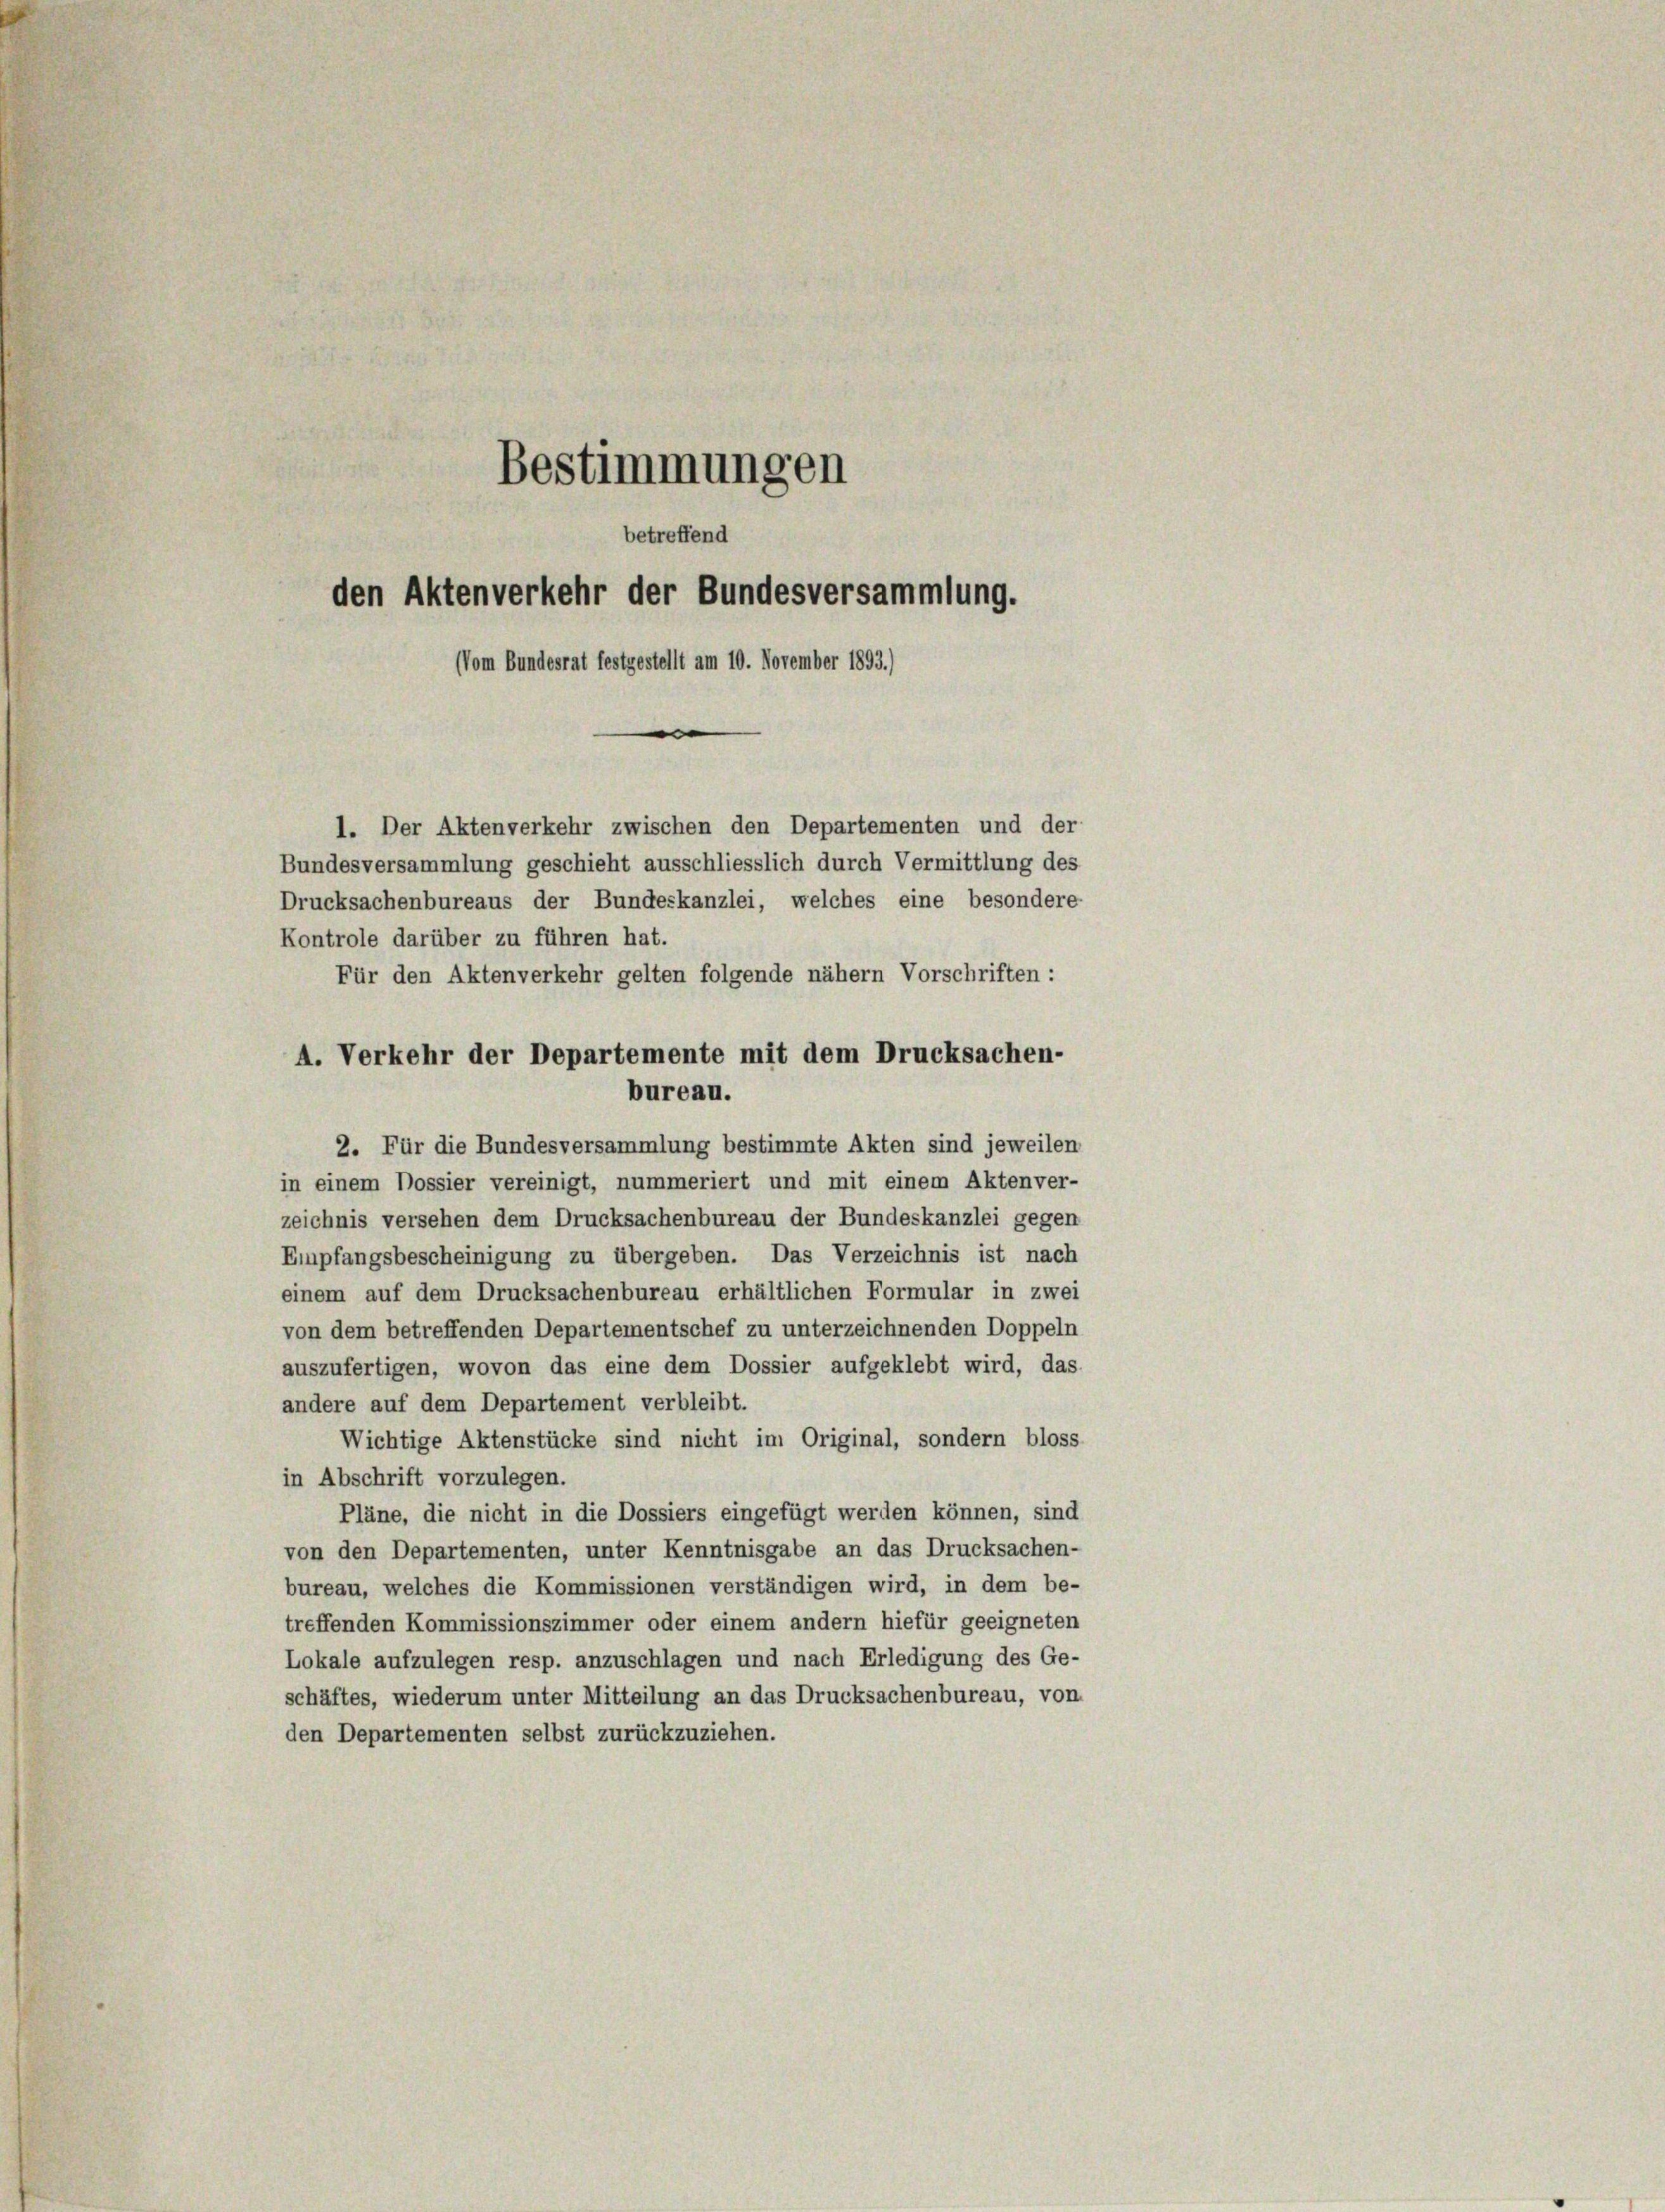
Bestimmungen
betreffend
den Aktenverkehr der Bundesversammlung.
Vom Bundesrat festgestellt am 10. November 1893.)
n

1. Der Aktenverkehr zwischen den Departementen und der
Bundesversammlung geschieht ausschliesslich durch Vermittlung des
Drucksachenbureaus der Bundeskanzlei, welches eine besondere
Kontrole darüber zu führen hat.
Für den Aktenverkehr gelten folgende nähern Vorschriften :
2. Für die Bundesversammlung bestimmte Akten sind jeweilen
in einem Dossier vereinigt, nummeriert und mit einem Aktenver-
zeichnis versehen dem Drucksachenbureau der Bundeskanzlei gegen
Empfangsbescheinigung zu übergeben. Das Verzeichnis ist nach
einem auf dem Drucksachenbureau erhältlichen Formular in zwei
von dem betreffenden Departementschef zu unterzeichnenden Doppeln
auszufertigen, wovon das eine dem Dossier aufgeklebt wird, das
andere auf dem Departement verbleibt.
Wichtige Aktenstücke sind nicht im Original, sondern bloss
in Abschrift vorzulegen.
Pläne, die nicht in die Dossiers eingefügt werden können, sind
von den Departementen, unter Kenntnisgabe an das Drucksachen-
bureau, welches die Kommissionen verständigen wird, in dem be-
treffenden Kommissionszimmer oder einem andern hiefür geeigneten
Lokale aufzulegen resp. anzuschlagen und nach Erledigung des Ge-
schäftes, wiederum unter Mitteilung an das Drucksachenbureau, von
den Departementen selbst zurückzuziehen.

A. Verkehr der Departemente mit dem Drucksachen-
bureau.